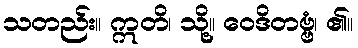
သတည်း။ ဣတိ၊ သို့။ ဝေဒိတဗ္ဗံ၊ ၏။